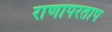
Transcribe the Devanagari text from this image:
राणापरताप